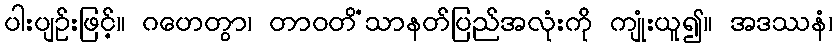
ပါးပျဉ်းဖြင့်။ ဂဟေတွာ၊ တာဝတိံသာနတ်ပြည်အလုံးကို ကျုံးယူ၍။ အဒဿနံ၊